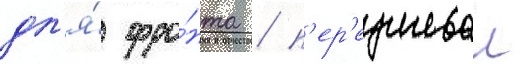
дл'я́ фро́нта / п'ер'еучивал